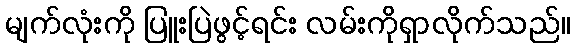
မျက်လုံးကို ပြူးပြဲဖွင့်ရင်း လမ်းကိုရှာလိုက်သည်။